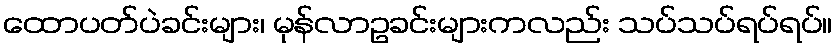
ထောပတ်ပဲခင်းများ၊ မုန်လာဥခင်းများကလည်း သပ်သပ်ရပ်ရပ်။